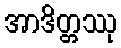
အာဒိတ္တဿု